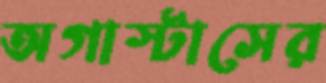
অগাস্টাসের